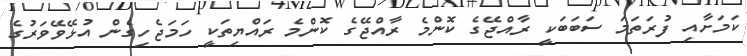
ކަމަށާއި ފުރަތަމަ ސަބަބަކީ ރާއްޖޭގެ ކޮންމެ ރާއްޖޭގެ ކޮންމެ ރައްޔިތަކީ ހަމަޖެހިގެން އުޅޭވޭވަރުގެ